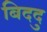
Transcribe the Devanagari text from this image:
बिददु